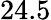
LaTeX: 24.5